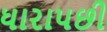
ધારાપછી